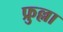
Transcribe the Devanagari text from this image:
फ्रुल्ला